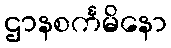
ဌာနစင်္ကမိနော